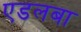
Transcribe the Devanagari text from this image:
एडलबा